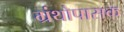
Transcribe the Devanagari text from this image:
ग्रंथोपासक